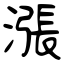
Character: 漲